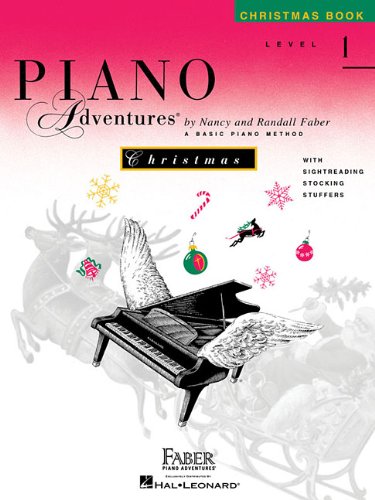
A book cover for Level 1 - Christmas Book: Piano Adventures; Humor & Entertainment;